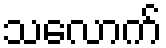
သလောက်